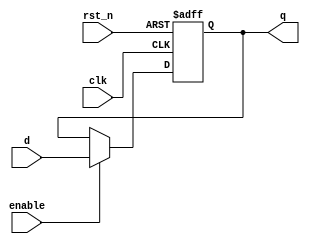
module register (
    input wire clk,         // Clock signal
    input wire rst_n,      // Active low reset signal
    input wire enable,      // Enable signal
    input wire [3:0] d,     // 4-bit input data
    output reg [3:0] q      // 4-bit output data
);

// Sequential logic using non-blocking assignments
always @(posedge clk or negedge rst_n) begin
    if (!rst_n) begin
        q <= 4'b0000; // Reset the register to 0
    end else if (enable) begin
        q <= d; // Capture input data when enabled
    end
end

endmodule